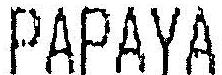
PAPAYA